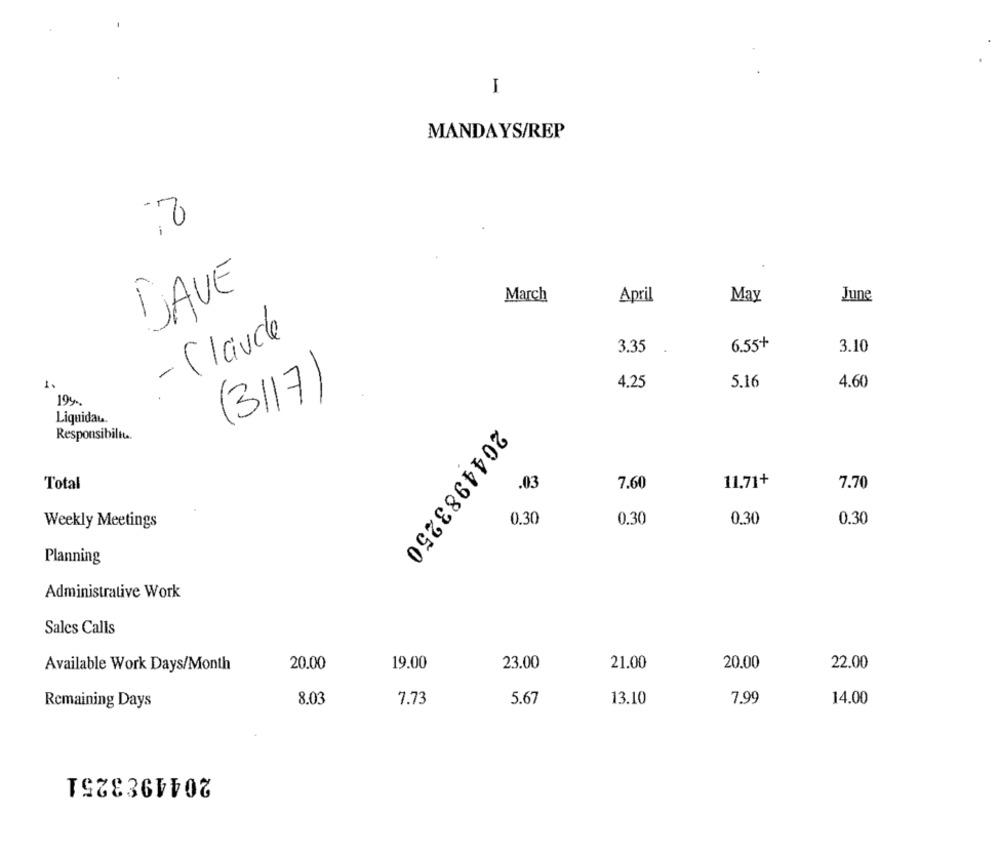
I
MANDAYS/REP
DAVE
March
April
May
June
- Claude
3.35
6.55+
3.10
(3117)
4.25
5.16
4.60
199
Liquidau.
Responsibiltt.
Total
.03
7.60
11,71+
7.70
Weekly Meetings
0.30
0.30
0.30
0.30
2044983250
Planning
Administrative Work
Sales Calls
Available Work Days/Month
20.00
19.00
23.00
21.00
20.00
22.00
8.03
7.73
5.67
13.10
7.99
14.00
Remaining Days
2044983251